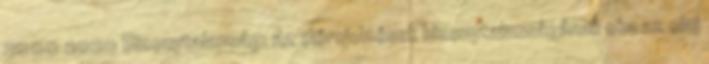
2000 2020 Bizonytalanság: Az előrejelzések bizonytalanságának oka az olaj